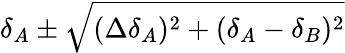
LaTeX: \delta_{A}\pm\sqrt{(\Delta\delta_{A})^{2}+(\delta_{A}-\delta_{B})^{2}}